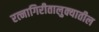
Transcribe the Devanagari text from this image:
रत्‍नागिरीतालुक्यातील